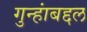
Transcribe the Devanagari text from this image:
गुन्हांबद्दल